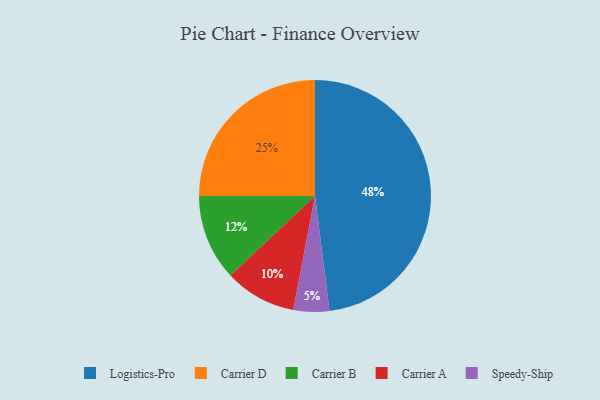
{"axis": {"x": "Category", "y": "Percentage"}, "legend": ["Carrier A", "Carrier B", "Carrier D", "Logistics-Pro", "Speedy-Ship"], "data": [{"x": "Logistics-Pro", "y": 48, "type": "Logistics-Pro"}, {"x": "Carrier B", "y": 12, "type": "Carrier B"}, {"x": "Speedy-Ship", "y": 5, "type": "Speedy-Ship"}, {"x": "Carrier A", "y": 10, "type": "Carrier A"}, {"x": "Carrier D", "y": 25, "type": "Carrier D"}]}